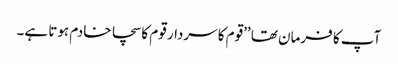
آپ کا فرمان تھا ’’قوم کا سردار قوم کا سچا خادم ہوتا ہے۔